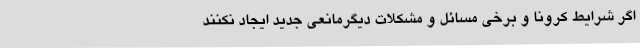
اگر شرایط کرونا و برخی مسائل و مشکلات دیگرمانعی جدید ایجاد نکنند